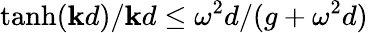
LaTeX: \operatorname{tanh}(\mathbf{k}d)/\mathbf{k}d\leq\omega^{2}d/(g+\omega^{2}d)